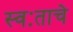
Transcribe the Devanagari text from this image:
स्वःताचे